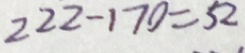
2 2 2 - 1 7 0 = 5 2